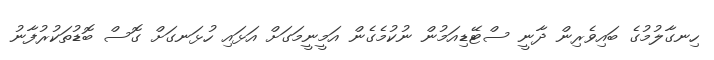
ހިނގާލުމުގެ ބައިވެރިން ދާނީ ސްޓޭޑިއަމުން ނުކުމެގެން އަމީނީމަގަށް އަޅައި ހުޅަނގަށް ގޮސް ބޮޑުތަކުރުފާނު